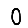
Digit: 0